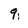
Character: 9